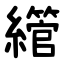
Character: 䌣